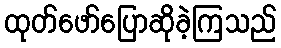
ထုတ်ဖော်ပြောဆိုခဲ့ကြသည်